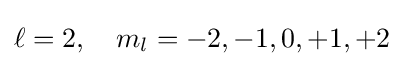
\ell =2,\quad m_{l}=-2,-1,0,+1,+2